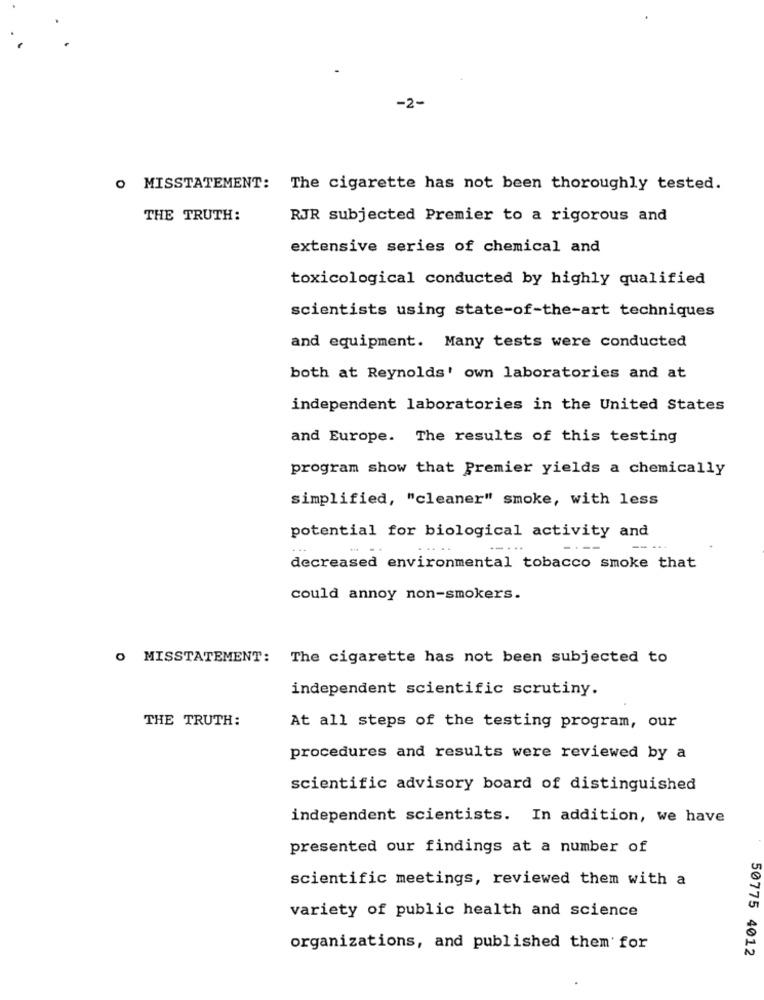
-2-
O MISSTATEMENT: The cigarette has not been thoroughly tested.
THE TRUTH:
RJR subjected Premier to a rigorous and
extensive series of chemical and
toxicological conducted by highly qualified
scientists using state-of-the-art techniques
and equipment. Many tests were conducted
both at Reynolds' own laboratories and at
independent laboratories in the United States
and Europe. The results of this testing
program show that Premier yields a chemically
simplified, "cleaner" smoke, with less
potential for biological activity and
decreased environmental tobacco smoke that
could annoy non-smokers.
O MISSTATEMENT: The cigarette has not been subjected to
independent scientific scrutiny.
THE TRUTH:
At all steps of the testing program, our
procedures and results were reviewed by a
scientific advisory board of distinguished
independent scientists. In addition, we have
presented our findings at a number of
scientific meetings, reviewed them with a
variety of public health and science
organizations, and published them for
50775 4012